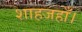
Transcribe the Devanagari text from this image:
शाहजहाँ।